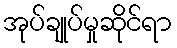
အုပ်ချုပ်မှုဆိုင်ရာ